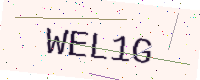
Text: WEL1G